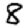
Digit: 8